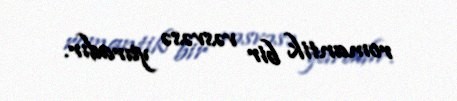
romantik bir vəsvəsə yaradır.